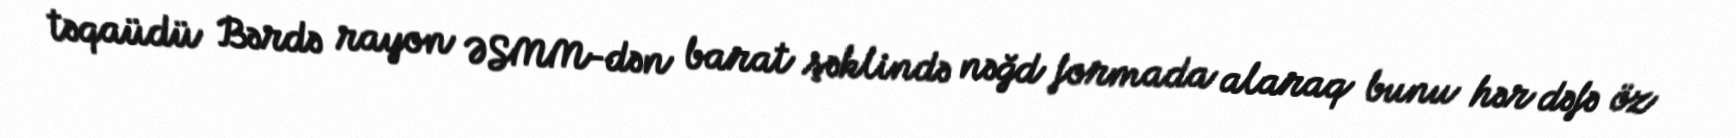
təqaüdü Bərdə rayon ƏSMM-dən barat şəklində nəğd formada alaraq bunu hər dəfə öz